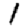
Digit: 1